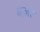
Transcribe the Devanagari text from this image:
नजरे